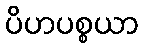
ပိဟပစ္စယာ